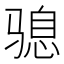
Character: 𮹍